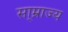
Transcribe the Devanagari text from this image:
सा्म्राज्य